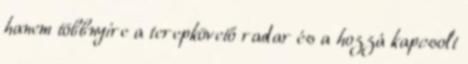
hanem többnyire a terepkövető radar és a hozzá kapcsolt